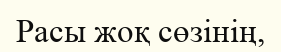
Расы жоқ сөзінің,